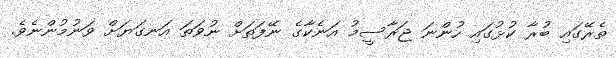
ތެރޭގައި ބުރާ ކުޅުގައި ހުންނަ ޖަރާސީމު އަނެކާގެ ނޭފަތަށް ނުވަތަ އަނގަޔަށް ވަނުމުންނެވެ.